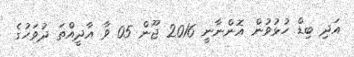
އަދި ބިޑް ހުޅުވުން އޮންނާނީ 2016 ޖޫން 05 ވާ އާދީއްތަ ދުވަހުގެ